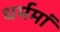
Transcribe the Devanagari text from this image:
धर्ममां